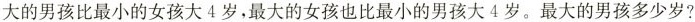
大的男孩比最小的女孩大4岁，最大的女孩也比最小的男孩大4岁。最大的男孩多少岁?